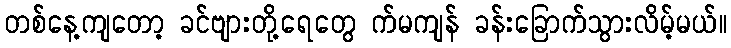
တစ်နေ့ကျတော့ ခင်ဗျားတို့ရေတွေ က်မကျန် ခန်းခြောက်သွားလိမ့်မယ်။